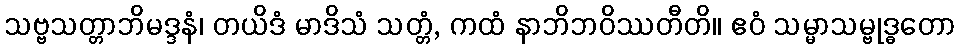
သဗ္ဗသတ္တာဘိမဒ္ဒနံ၊ တယိဒံ မာဒိသံ သတ္တံ, ကထံ နာဘိဘဝိဿတီတိ။ ဧဝံ သမ္မာသမ္ဗုဒ္ဓတော